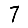
Digit: 7